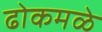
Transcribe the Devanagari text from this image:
ढोकमळे